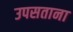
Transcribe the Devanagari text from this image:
उपसताना